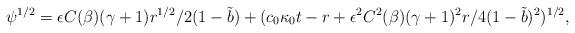
LaTeX: \begin{align*}\psi^{1/2}=\epsilon C(\beta)(\gamma+1) r^{1/2}/2(1-\tilde{b})+(c_0{\kappa_0}t-r+\epsilon^2 {C^2(\beta)}(\gamma+1)^2 r/4(1-\tilde{b})^2)^{1/2},\end{align*}